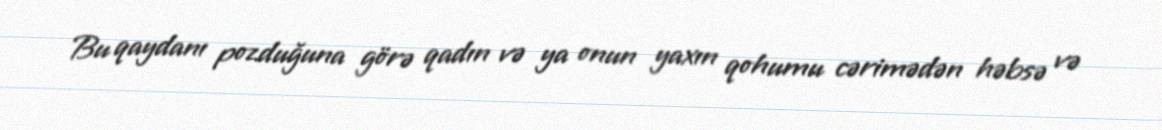
Bu qaydanı pozduğuna görə qadın və ya onun yaxın qohumu cərimədən həbsə və